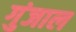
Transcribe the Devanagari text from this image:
गुंजाल